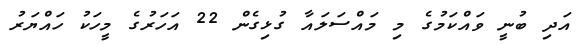
އަދި ބުނީ ވައްކަމުގެ މި މައްސަލައާ ގުޅިގެން 22 އަހަރުގެ މީހަކު ހައްޔަރު